Reports on military cantonments and civil stations in the Presidency of Bombay inspected by the Sanitary Commissioner in the years 1875 and 1876
Year: 1875
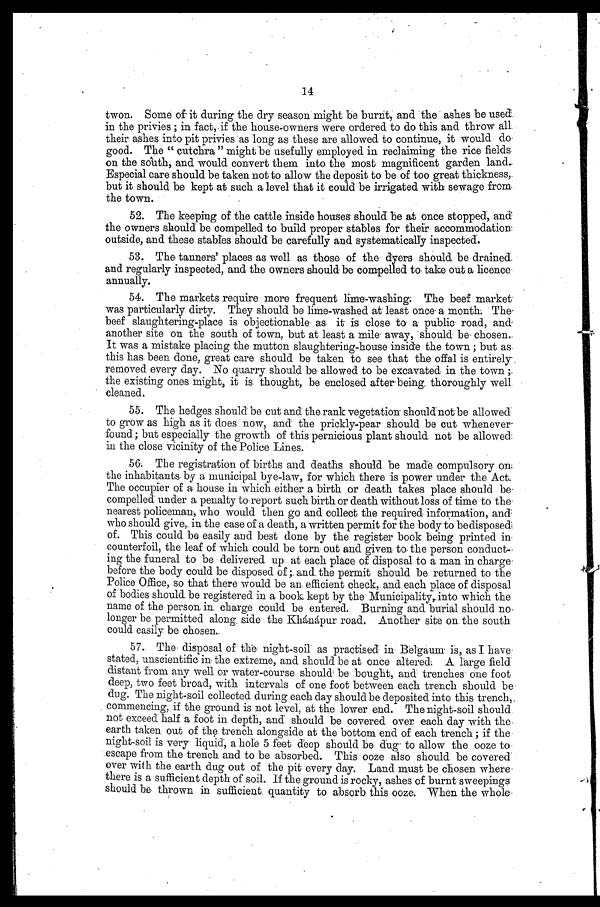
14
twon. Some of it during the dry season might be burnt, and the ashes be used
in the privies ; in fact, if the house-owners were ordered to do this and throw all
their ashes into pit privies as long as these are allowed to continue, it would do
good. The " cutchra " might be usefully employed in reclaiming the rice fields
on the south, and would convert them into the most magnificent garden land.
Especial care should be taken not to allow the deposit to be of too great thickness,
but it should be kept at such a level that it could be irrigated with sewage from
the town.
52. The keeping of the cattle inside houses should be at once stopped, and
the owners should be compelled to build proper stables for their accommodation
outside, and these stables should be carefully and systematically inspected.
53. The tanners' places as well as those of the dyers should be drained
and regularly inspected, and the owners should be compelled to take out a licence
annually.
54. The markets require more frequent lime-washing; The beef market
was particularly dirty. They should be lime-washed at least once a month. The
beef slaughtering-place is objectionable as it is close to a public road, and
another site on the south of town, but at least a mile away, 'should be chosen.
It was a mistake placing the mutton slaughtering-house inside the town ; but as
this has been done, great care should be taken to see that the offal is entirely
removed every day. No quarry should be allowed to be excavated in the town ;
the existing ones might, it is thought, be enclosed after being, thoroughly well
cleaned.
55. The hedges should be cut and the rank vegetation should not be allowed
to grow as high as it does now, and the prickly-pear should be cut whenever
found; but especially the growth of this pernicious plant should not be allowed
in the close vicinity of the Police Lines.
5 6 . T h e r e g i s t r a t i o n o f b i r t h s a n d d e a t h s s h o u l d b e m a d e c o m p u l s o r y o n
the inhabitants by a municipal bye-law, for which there is power under the Act.
The occupier of a house in which either a birth or death takes place should be
compelled under a penalty to report such birth or death without loss of time to the
nearest policeman, who would then go and collect the required information, and
who should give, in the case of a death, a written permit for the body to be disposed
o f . T h i s c o u l d b e e a s i l y a n d b e s t d o n e b y t h e r e g i s t e r b o o k b e i n g p r i n t e d i n
counterfoil, the leaf of which could be torn out and given to the person conduct
-ing the funeral to be delivered up at each plàce of disposal to a man in charge
before the body could be disposed of; and the permit should be returned to the
P o l i c e O f f i c e , s o t h a t t h e r e w o u l d b e a n e f f i c i e n t c h e c k , a n d e a c h p l a c e o f d i s p o s a l
of bodies should be registered in a book kept by the Municipality into which the
name of the person in charge could be entered. Burning and burial should no
longer be permitted along side the Khánápur road. Another site on the south
could easily be chosen.
57. The disposal of the night-soil as practised in Belgaum is, as I have
stated, unscientific in the extreme, and should be at once altered. A large field
distant from any well or water-course should be bought, and trenches onefoot
deep, two feet broad, with intervals of one foot between each trench should be
”dug. The night-soil collected during each day should be deposited into this trench,
commencing, if the ground is not level, at the lower end. The night-soil should
not exceed. half a foot in depth, and should be covered over each day with the
earth taken out of the trench alongside at the bottom end of each trench ; if the
night-soil is very liquid, a hole 5 feet deep should be dug to allow the ooze to
escape from the trench and to be absorbed. This ooze also should be covered
over with the earth dug out of the pit every day. Land must be chosen wher
e
is a sufficient depth of soil. If the ground is rocky, ashes of burnt sweepings
should be. thrown in sufficient quantity to absorb this ooze. When the whole